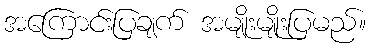
အကြောင်းပြချက် အမျိုးမျိုးပြမည်။